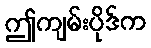
ဤကျမ်းပိုဒ်က